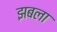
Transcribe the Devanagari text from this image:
झबला